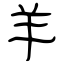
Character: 羊